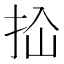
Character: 𰓓